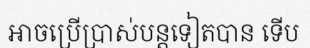
អាចប្រើប្រាស់បន្តទៀតបាន ទើប